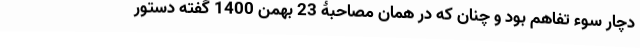
دچار سوء تفاهم بود و چنان که در همان مصاحبۀ 23 بهمن 1400 گفته دستور